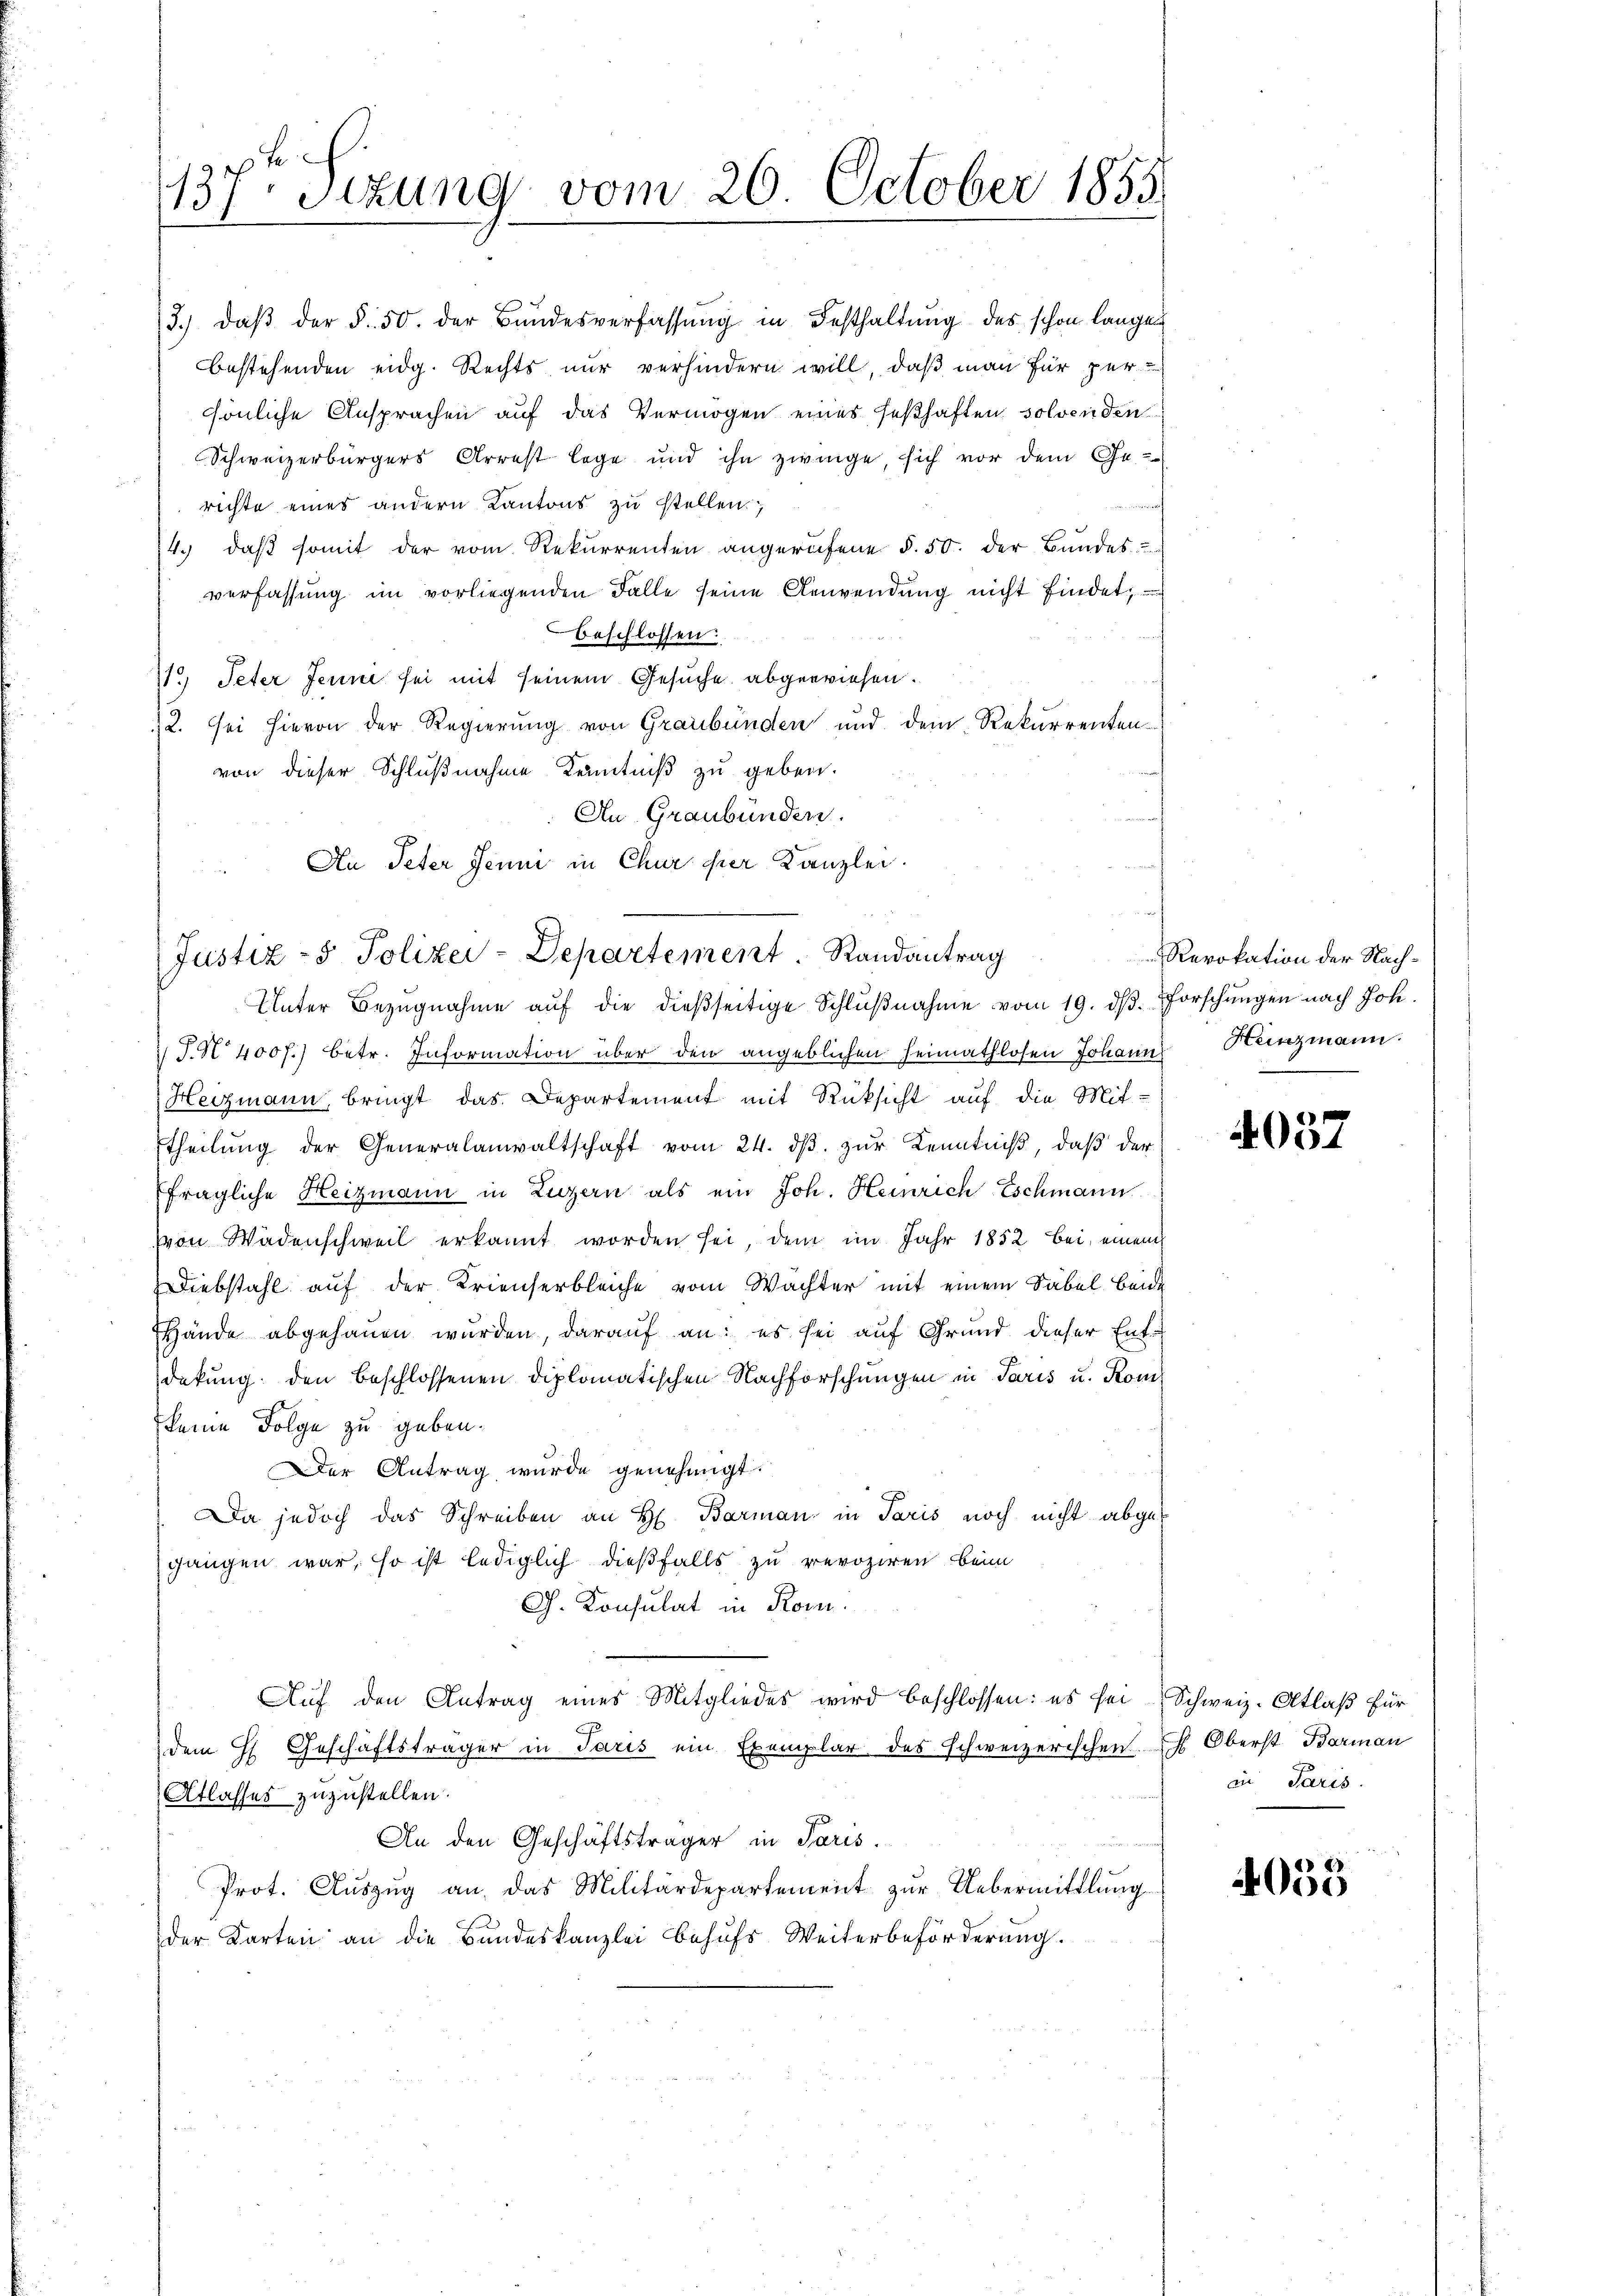
137 Sitzung vom 20. October 1855

2. Sei hievon der Regierung von Graubünden und dem Rekurrenten-
von dieser Schlußnahme Kenntniß zu geben.
An Graubünden.
Unter Bezugnahme aŭf die dießseitige Schlŭβnahme vom 19. ds. Forschungen nach Joh.
S.N 400 f.) betr. Information über den angeblichen Heimathlosen Johann Heinzmann.
Heizmann bringt das Departement mit Rüksicht auf die Mit-
Etheilung der Generalanwaltschaft vom 24. ds. zur Kenntniß, daß der
fragliche Heizmann in Luzern als ein Joh. Heinrich Eschmann
von Wädenschweil erkannt worden sei, dem im Jahr 1852 bei einem
Diebstahl auf der Krienterbleiche vom Wachter mit einem Säbel beide
Hände abgehauen wurden, darauf an: es sei auf Grund dieser Entdekung: den beschlossenen diplomatischen Nachforschungen in Paris u. Komkeine Folge zu geben.
Der Antrag wurde genehmigt.
Da jedoch das Schreiben an H. Barman in Paris noch nicht abgegangen war, so ist lediglich dießfalls zu revoziren beim
Ch. Konsulat in Rom.
Aŭf den Antrag eines Mitgliedes wird beschlossen: es sei Schweiz. Altlaß für
dem H. Geschäftsträger in Paris ein Exemplar des schweizerischen. Es Oberst Barman
Atlasses zuzustellen.
An den Geschäftsträger in Paris.
Prot. Aŭszŭg an das Militärdepartement zŭr Uebermittlung
der Karten an die Bundeskanzlei behŭfs Weiterbeförderŭng.

3.) daβ der §. 50. der Bundesverfassŭng in Festhaltŭng des schon langen
bestehenden eidg. Rechts nur verhindern will, daß man für persönliche Ansprachen auf das Vermögen eines seßhaften solvenden
Schweizerbürgers Arrest lege und ihn zwinge, sich vor dem Ge-
richte eines andern Kantons zu stellen;
4. daβ somit der vom Rekurrenten angerufene §. 50. der Bŭndes
verfassung im vorliegenden Falle seine Anwendung nicht findet,
beschlossen:
e, Peter Jenni sei mit seinem Gesuche abgewiesen.

Au Peter Jenni in Chur der Kanzlei.
Justiz- & Polizei-Departement. Randantrag

Revokation der Nach-

4057

in Paris.

4055